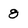
Character: 8